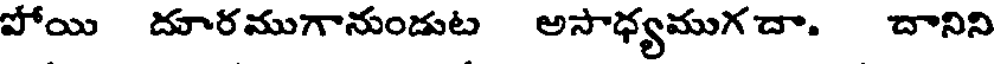
పోయి దూరముగానుండుట అసాధ్యముగ దా. దానిని